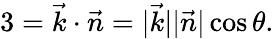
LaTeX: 3=\vec{k}\cdot\vec{n}=\vert\vec{k}\vert\vert\vec{n}\vert\cos\theta.